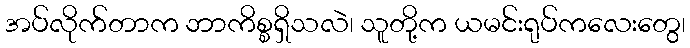
အပ်လိုက်တာက ဘာကိစ္စရှိသလဲ၊ သူတို့က ယမင်းရုပ်ကလေးတွေ၊